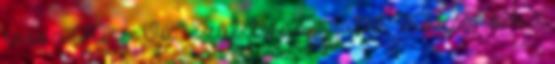
éves a Kicsi Vú – Születésnapi játék Köszönöm a